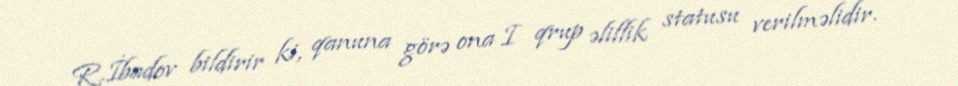
R.İbadov bildirir ki, qanuna görə ona I qrup əlillik statusu verilməlidir.